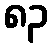
၈၃